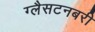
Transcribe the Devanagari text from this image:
ग्लैसटनबरी